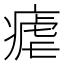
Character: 瘧